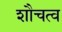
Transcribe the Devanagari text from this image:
शौचत्व